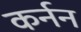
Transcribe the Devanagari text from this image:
कर्नन